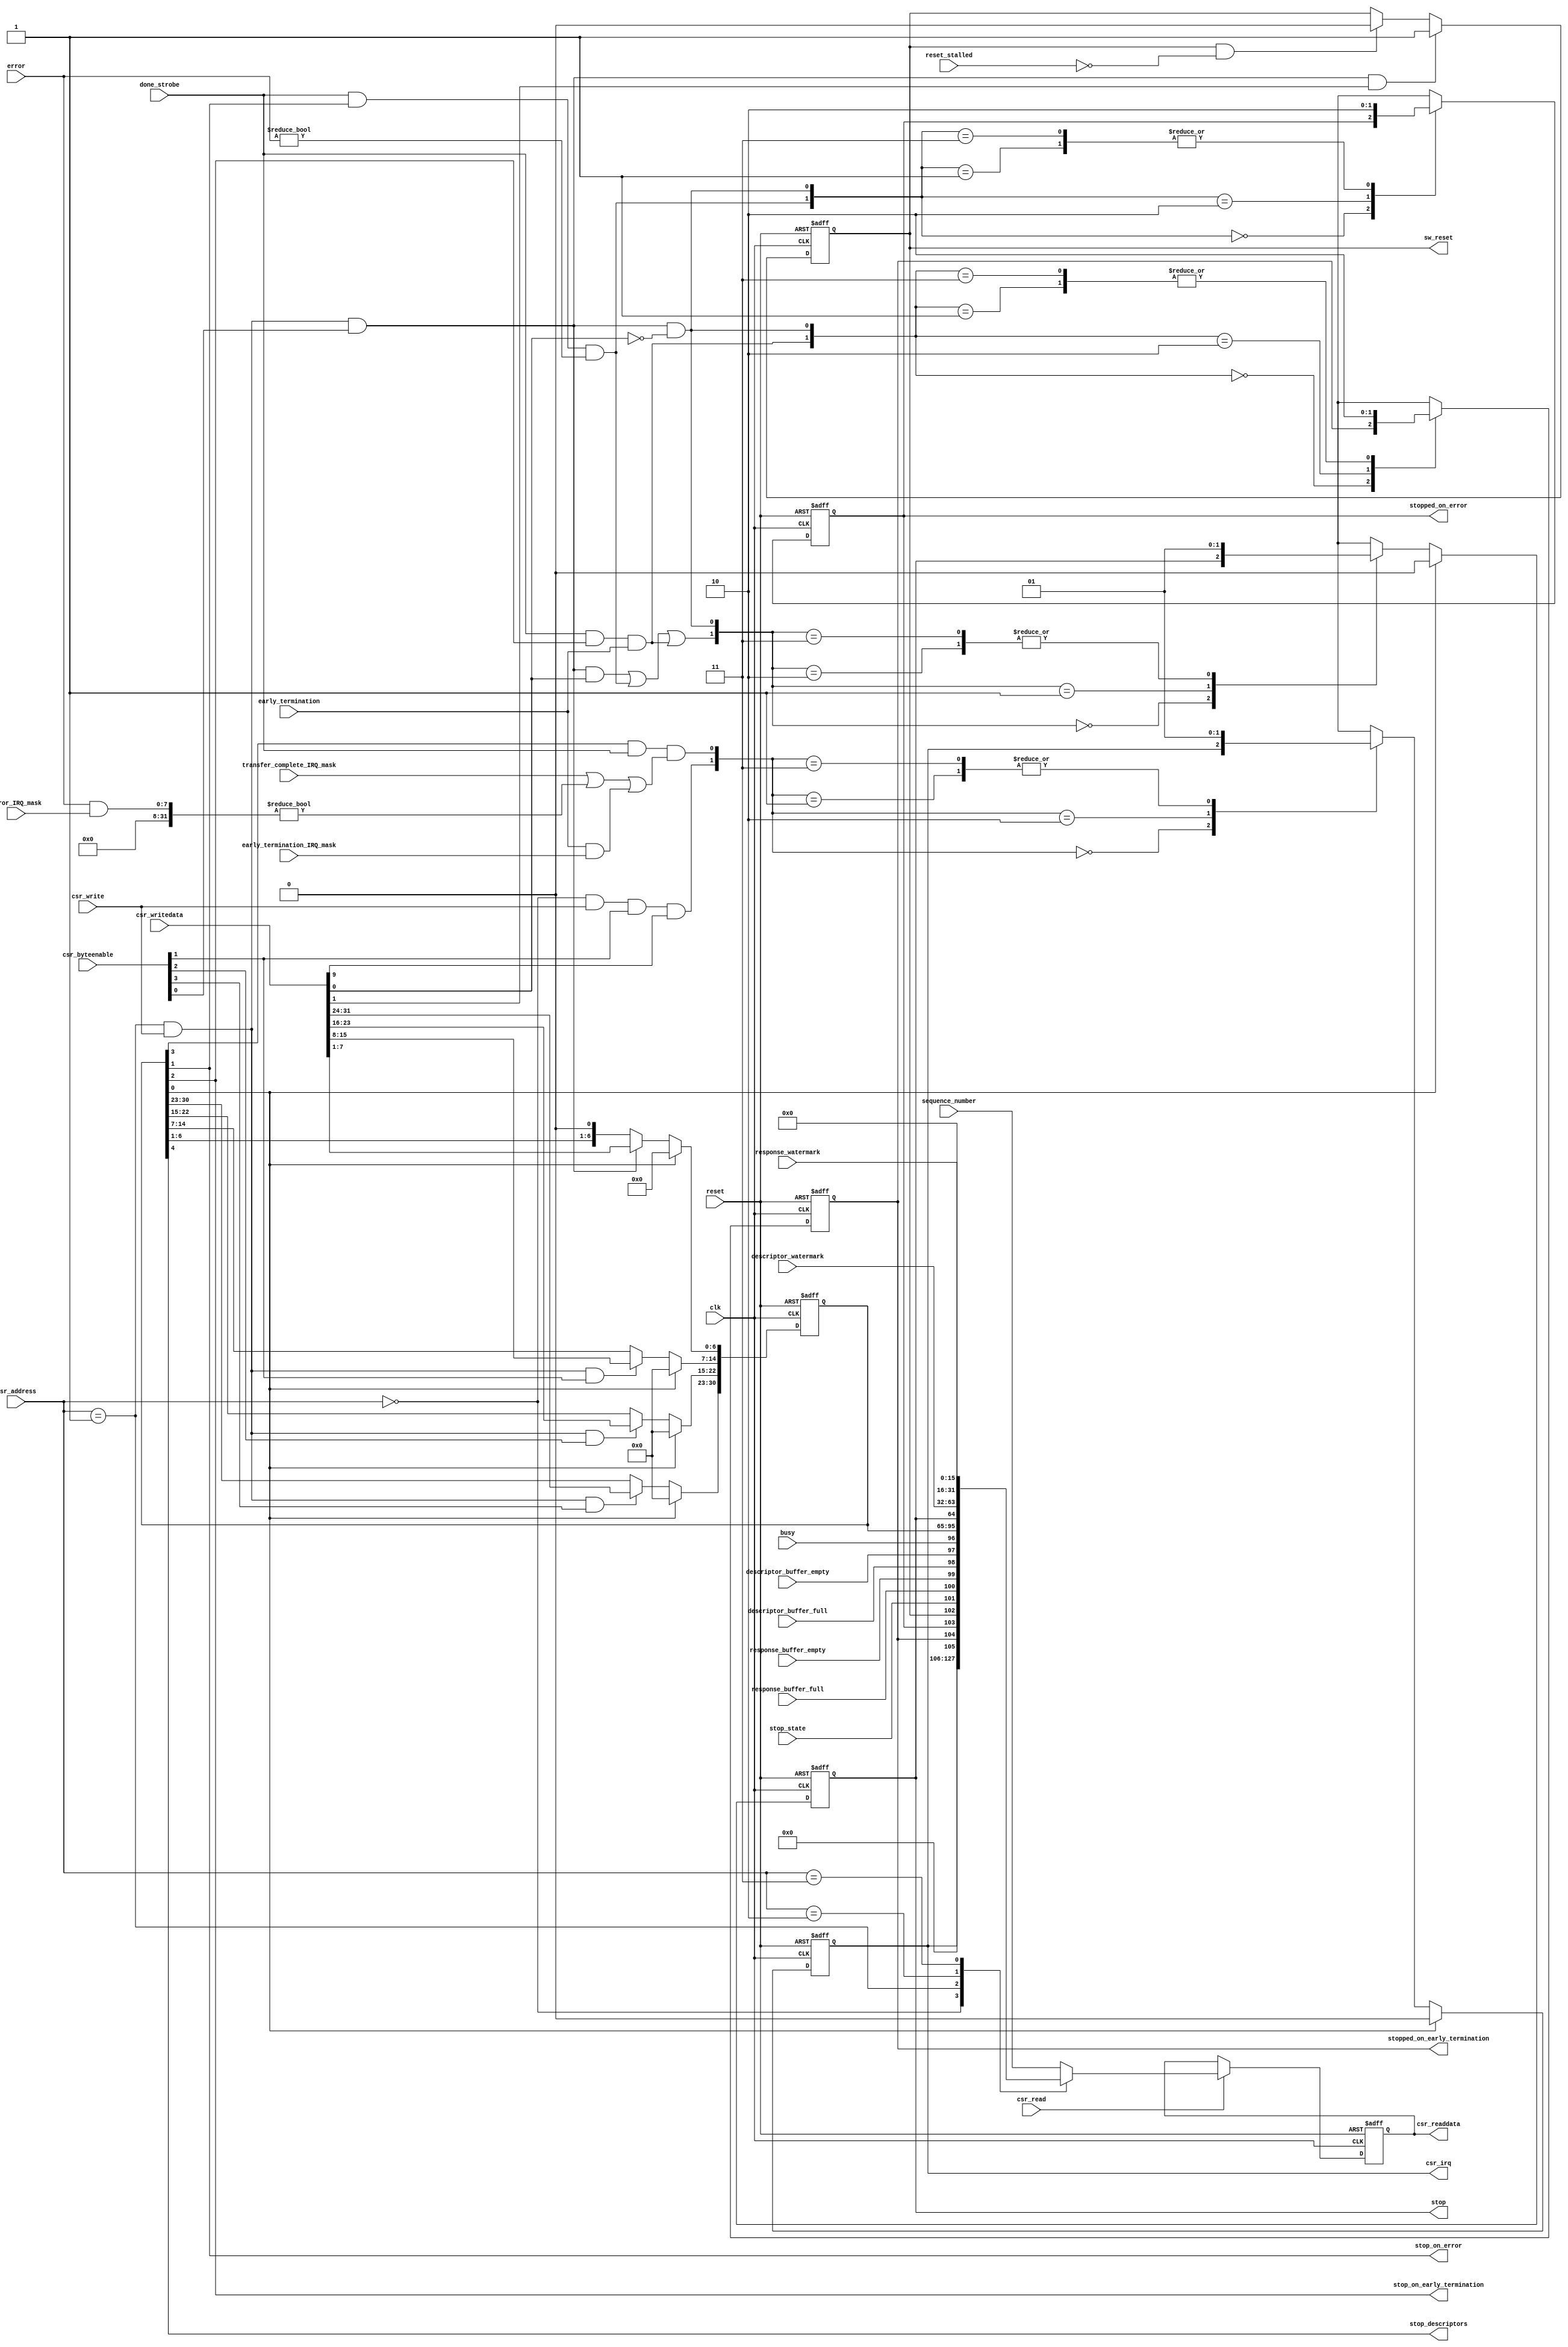
// (C) 2001-2022 Intel Corporation. All rights reserved.
// Your use of Intel Corporation's design tools, logic functions and other 
// software and tools, and its AMPP partner logic functions, and any output 
// files from any of the foregoing (including device programming or simulation 
// files), and any associated documentation or information are expressly subject 
// to the terms and conditions of the Intel Program License Subscription 
// Agreement, Intel FPGA IP License Agreement, or other applicable 
// license agreement, including, without limitation, that your use is for the 
// sole purpose of programming logic devices manufactured by Intel and sold by 
// Intel or its authorized distributors.  Please refer to the applicable 
// agreement for further details.


/*
  This block is used to communicate information back and forth between the SGDMA
  and the host.  When the response port is not set to streaming then this block
  will be used to generate interrupts for the host.  The address span of this block
  differs depending on whether the enhanced features are enabled.  The enhanced
  features enables sequence number readback capabilties.  The address map is as follows:

  Enhanced features off:

  Bytes     Access Type     Description
  -----     -----------     -----------
  0-3       R               Status(1)
  4-7       R/W             Control(2)
  8-12      R               Descriptor Watermark (write watermark[15:0],read watermark [15:0])
  13-15     R               Response Watermark
  16-31     N/A             <Reserved>


  Enhanced features on:

  Bytes     Access Type     Description
  -----     -----------     -----------
  0-3       R               Status(1)
  4-7       R/W             Control(2)
  8-12      R               Descriptor Watermark (write watermark[15:0],read watermark [15:0])
  13-15     R               Response Watermark
  16-20     R               Sequence Number (write sequence[15:0],read sequence[15:0])
  21-31     N/A             <Reserved>

  (1)  Writing to the interrupt bit of the status register clears the interrupt bit (when applicable)
  (2)  Writing to the software reset bit will clear the entire register (as well as all the registers for the entire SGDMA)

  Status Register:

  Bits      Description
  ----      -----------
  0         Busy
  1         Descriptor Buffer Empty
  2         Descriptor Buffer Full
  3         Response Buffer Empty
  4         Response Buffer Full
  5         Stop State
  6         Reset State
  7         Stopped on Error
  8         Stopped on Early Termination
  9         IRQ
  10-31     <Reserved>

  Control Register:

  Bits      Description
  ----      -----------
  0         Stop (will also be set if a stop on error/early termination condition occurs)
  1         Software Reset
  2         Stop on Error
  3         Stop on Early Termination
  4         Global Interrupt Enable Mask
  5         Stop descriptors (stops the dispatcher from issuing more read/write commands)
  6-31      <Reserved>

  
  Author:  JCJB
  Date:  08/18/2010

  1.0 - Initial release
  
  1.1 - Removed delayed reset, added set and hold sw_reset
  
  1.2 - Updated the sw_reset register to be set when control[1] is set instead of one cycle after.
        This will prevent the read or write masters from starting back up when reset while in the stop state.
  
  1.3 - Added the stop dispatcher bit (5) to the control register
*/


// synthesis translate_off
`timescale 1ns / 1ps
// synthesis translate_on

// turn off superfluous verilog processor warnings 
// altera message_level Level1 
// altera message_off 10034 10035 10036 10037 10230 10240 10030 



module csr_block (
  clk,
  reset,
  
  csr_writedata,
  csr_write,
  csr_byteenable,
  csr_readdata,
  csr_read,
  csr_address,
  csr_irq,

  done_strobe,
  busy,
  descriptor_buffer_empty,
  descriptor_buffer_full,
  stop_state,
  stopped_on_error,
  stopped_on_early_termination,
  reset_stalled,
  stop,
  sw_reset,
  stop_on_error,
  stop_on_early_termination,
  stop_descriptors,
  sequence_number,
  descriptor_watermark,
  response_watermark,
  response_buffer_empty,
  response_buffer_full,
  transfer_complete_IRQ_mask,
  error_IRQ_mask,
  early_termination_IRQ_mask,
  error,
  early_termination
);

  parameter ADDRESS_WIDTH = 3;
  localparam CONTROL_REGISTER_ADDRESS = 3'b001;


  input clk;
  input reset;

  input [31:0] csr_writedata;
  input csr_write;
  input [3:0] csr_byteenable;
  output wire [31:0] csr_readdata;
  input csr_read;
  input [ADDRESS_WIDTH-1:0] csr_address;
  output wire csr_irq;

  input done_strobe;
  input busy;
  input descriptor_buffer_empty;
  input descriptor_buffer_full;
  input stop_state;      // when the DMA runs into some error condition and you have enabled the stop on error (or when the stop control bit is written to)
  input reset_stalled;   // the read or write master could be in the middle of a transfer/burst so it might take a while to flush the buffers
  output wire stop;
  output reg stopped_on_error;
  output reg stopped_on_early_termination;
  output reg sw_reset;
  output wire stop_on_error;
  output wire stop_on_early_termination;
  output wire stop_descriptors;
  input [31:0] sequence_number;
  input [31:0] descriptor_watermark;
  input [15:0] response_watermark;
  input response_buffer_empty;
  input response_buffer_full;
  input transfer_complete_IRQ_mask;
  input [7:0] error_IRQ_mask;
  input early_termination_IRQ_mask;
  input [7:0] error;
  input early_termination;

  /* Internal wires and registers */
  wire [31:0] status;
  reg [31:0] control;
  reg [31:0] readdata;
  reg [31:0] readdata_d1;
  reg irq;  // writing to the status register clears the irq bit
  wire set_irq;
  wire clear_irq;
  wire set_stopped_on_error;
  wire set_stopped_on_early_termination;
  wire set_stop;
  wire clear_stop;
  wire global_interrupt_enable;
  wire sw_reset_strobe;  // this strobe will be one cycle earlier than sw_reset
  wire set_sw_reset;
  wire clear_sw_reset;






  /********************************************** Registers ***************************************************/
  // read latency is 1 cycle
  always @ (posedge clk or posedge reset)
  begin
    if (reset)
    begin
      readdata_d1 <= 0;
    end
    else if (csr_read == 1)
    begin
      readdata_d1 <= readdata;
    end
  end


  always @ (posedge clk or posedge reset)
  begin
    if (reset)
    begin
      control[31:1] <= 0;
    end
    else
    begin
      if (sw_reset_strobe == 1)  // reset strobe is a strobe due to this sync reset
      begin
        control[31:1] <= 0;
      end
      else
      begin
        if ((csr_address == CONTROL_REGISTER_ADDRESS) & (csr_write == 1) & (csr_byteenable[0] == 1))
        begin
          control[7:1] <= csr_writedata[7:1];  // stop bit will be handled seperately since it can be set by the csr slave port access or the SGDMA hitting an error condition
        end
        if ((csr_address == CONTROL_REGISTER_ADDRESS) & (csr_write == 1) & (csr_byteenable[1] == 1))
        begin
          control[15:8] <= csr_writedata[15:8];
        end
        if ((csr_address == CONTROL_REGISTER_ADDRESS) & (csr_write == 1) & (csr_byteenable[2] == 1))
        begin
          control[23:16] <= csr_writedata[23:16];
        end
        if ((csr_address == CONTROL_REGISTER_ADDRESS) & (csr_write == 1) & (csr_byteenable[3] == 1))
        begin
          control[31:24] <= csr_writedata[31:24];
        end
      end
    end
  end

  
  // control bit 0 (stop) is set by different sources so handling it seperately
  always @ (posedge clk or posedge reset)
  begin
    if (reset)
    begin
      control[0] <= 0;
    end
    else
    begin
      if (sw_reset_strobe == 1)
      begin
        control[0] <= 0;
      end
      else
      begin
        case ({set_stop, clear_stop})
          2'b00: control[0] <= control[0];
          2'b01: control[0] <= 1'b0;
          2'b10: control[0] <= 1'b1;
          2'b11: control[0] <= 1'b1;  // setting will win, this case happens control[0] is being set to 0 (resume) at the same time an error/early termination stop condition occurs 
        endcase
      end
    end
  end


  always @ (posedge clk or posedge reset)
  begin
    if (reset)
    begin
      sw_reset <= 0;
    end
    else
    begin
      if (set_sw_reset == 1)
      begin
        sw_reset <= 1;
      end
      else if (clear_sw_reset == 1)
      begin
        sw_reset <= 0;
      end
    end
  end


  always @ (posedge clk or posedge reset)
  begin
    if (reset)
    begin
      stopped_on_error <= 0;
    end
    else
    begin
      case ({set_stopped_on_error, clear_stop})
        2'b00: stopped_on_error <= stopped_on_error;
        2'b01: stopped_on_error <= 1'b0;
        2'b10: stopped_on_error <= 1'b1;
        2'b11: stopped_on_error <= 1'b0;
      endcase
    end
  end


  always @ (posedge clk or posedge reset)
  begin
    if (reset)
    begin
      stopped_on_early_termination <= 0;
    end
    else
    begin
      case ({set_stopped_on_early_termination, clear_stop})
        2'b00: stopped_on_early_termination <= stopped_on_early_termination;
        2'b01: stopped_on_early_termination <= 1'b0;
        2'b10: stopped_on_early_termination <= 1'b1;
        2'b11: stopped_on_early_termination <= 1'b0;
      endcase
    end
  end


  always @ (posedge clk or posedge reset)
  begin
    if (reset)
    begin
      irq <= 0;
    end
    else
    begin
      if (sw_reset_strobe == 1)
      begin
        irq <= 0;
      end
      else
      begin
        case ({clear_irq, set_irq})
          2'b00: irq <= irq;
          2'b01: irq <= 1'b1;
          2'b10: irq <= 1'b0;
          2'b11: irq <= 1'b1;  // setting will win over a clear
        endcase
      end
    end
  end
  /******************************************** End Registers *************************************************/



  /**************************************** Combinational Signals *********************************************/
  generate
    if (ADDRESS_WIDTH == 3)
    begin  
      always @ (csr_address or status or control or descriptor_watermark or response_watermark or sequence_number)
      begin
        case (csr_address)
          3'b000: readdata = status;
          3'b001: readdata = control;
          3'b010: readdata = descriptor_watermark;
          3'b011: readdata = response_watermark;
          default: readdata = sequence_number;  // all other addresses will decode to the sequence number
        endcase  
      end
    end
    else
    begin
      always @ (csr_address or status or control or descriptor_watermark or response_watermark)
      begin
        case (csr_address)
          3'b000: readdata = status;
          3'b001: readdata = control;
          3'b010: readdata = descriptor_watermark;
          default: readdata = response_watermark;  // all other addresses will decode to the response watermark
        endcase  
      end
    end
  endgenerate


  assign clear_irq = (csr_address == 0) & (csr_write == 1) & (csr_byteenable[1] == 1) & (csr_writedata[9] == 1);  // this is the IRQ bit
  assign set_irq = (global_interrupt_enable == 1) & (done_strobe == 1) &       // transfer ended and interrupts are enabled
                   ((transfer_complete_IRQ_mask == 1) |                        // transfer ended and the transfer complete IRQ is enabled
                    ((error & error_IRQ_mask) != 0) |                          // transfer ended with an error and this IRQ is enabled
                    ((early_termination & early_termination_IRQ_mask) == 1));  // transfer ended early due to early termination and this IRQ is enabled
  assign csr_irq = irq;

  assign clear_stop = (csr_address == CONTROL_REGISTER_ADDRESS) & (csr_write == 1) & (csr_byteenable[0] == 1) & (csr_writedata[0] == 0);
  assign set_stopped_on_error = (done_strobe == 1) & (stop_on_error == 1) & (error != 0);  // when clear_stop is set then the stopped_on_error register will be cleared
  assign set_stopped_on_early_termination = (done_strobe == 1) & (stop_on_early_termination == 1) & (early_termination == 1);  // when clear_stop is set then the stopped_on_early_termination register will be cleared
  assign set_stop = ((csr_address == CONTROL_REGISTER_ADDRESS) & (csr_write == 1) & (csr_byteenable[0] == 1) & (csr_writedata[0] == 1)) |  // host set the stop bit
                    (set_stopped_on_error == 1) |  // SGDMA setup to stop when an error occurs from the write master
                    (set_stopped_on_early_termination == 1) ;  // SGDMA setup to stop when the write master overflows
  assign stop = control[0];

  assign set_sw_reset = (csr_address == CONTROL_REGISTER_ADDRESS) & (csr_write == 1) & (csr_byteenable[0] == 1) & (csr_writedata[1] == 1);
  assign clear_sw_reset = (sw_reset == 1) & (reset_stalled == 0);
  
  assign sw_reset_strobe = control[1];
  assign stop_on_error = control[2];
  assign stop_on_early_termination = control[3];
  assign global_interrupt_enable = control[4];
  assign stop_descriptors = control[5];

  assign csr_readdata = readdata_d1;
  assign status = {{22{1'b0}}, irq, stopped_on_early_termination, stopped_on_error, sw_reset, stop_state, response_buffer_full, response_buffer_empty, descriptor_buffer_full, descriptor_buffer_empty, busy};  // writing to the lower byte of the status register clears the irq bit
  /**************************************** Combinational Signals *********************************************/
  
endmodule